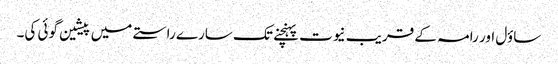
ساؤل اور رامہ کے قریب نیوت پہنچنے تک سارے راستے میں پیشین گوئی کی۔